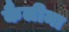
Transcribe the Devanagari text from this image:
कैलीमा